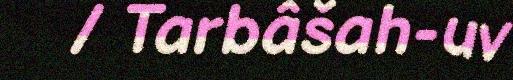
/ Tarbâšah-uv